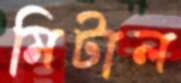
মিটাল